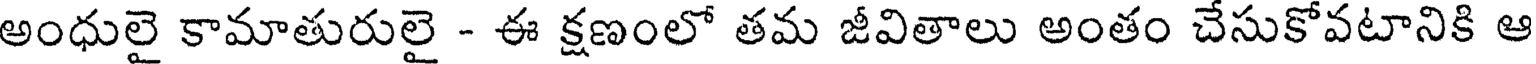
అంధులై కామాతురులై - ఈ క్షణంలో తమ జీవితాలు అంతం చేసుకోవటానికి ఆ